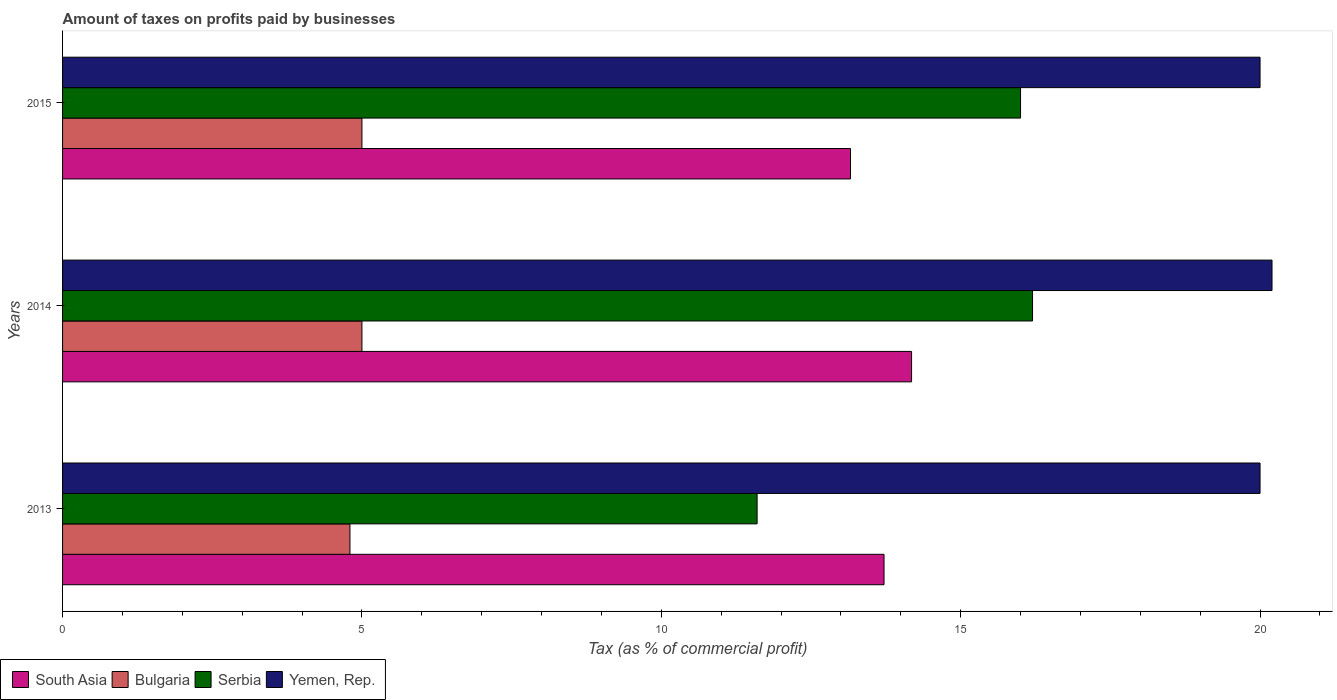
| Years | South Asia | Bulgaria | Serbia | Yemen, Rep. |
 | --- | --- | --- | --- | --- |
 | 2013 | 13.7 | 4.8 | 11.6 | 20 |
 | 2014 | 14.2 | 5 | 16.2 | 20.2 |
 | 2015 | 13.2 | 5 | 16 | 20 |